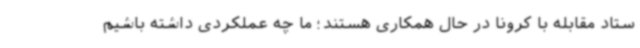
ستاد مقابله با کرونا در حال همکاری هستند؛ ما چه عملکردی داشته باشیم